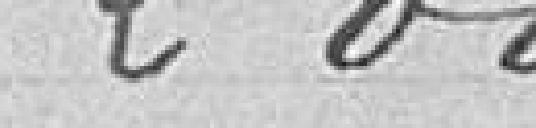
200